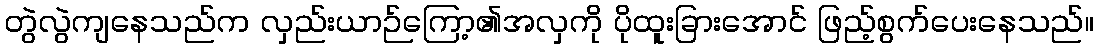
တွဲလွဲကျနေသည်က လှည်းယာဉ်ကြော့၏အလှကို ပိုထူးခြားအောင် ဖြည့်စွက်ပေးနေသည်။